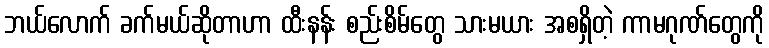
ဘယ်လောက် ခက်မယ်ဆိုတာဟာ ထီးနန်း စည်းစိမ်တွေ သားမယား အစရှိတဲ့ ကာမဂုဏ်တွေကို